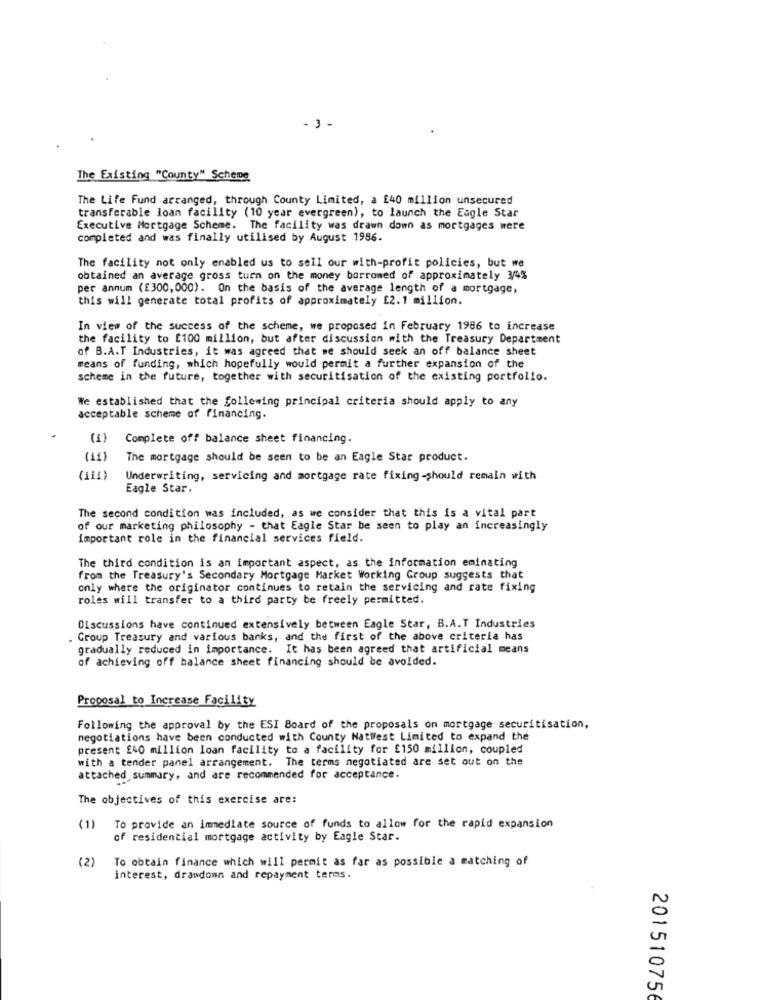
- 3 -
The Existing "County" Scheme
The Life Fund arranged, through County Limited, a £40 million unsecured
transferable loan facility (10 year evergreen), to launch the Eagle Star
Executive Mortgage Scheme. The facility was drawn down as mortgages were
completed and was finally utilised by August 1986.
The facility not only enabled us to sell our with-profit policies, but we
obtained an average gross turn on the money borrowed of approximately 3/4%
per annum (£300, 000). On the basis of the average length of a mortgage,
this will generate total profits of approximately £2.1 million.
In view of the success of the scheme, we proposed in February 1986 to increase
the facility to £100 million, but after discussion with the Treasury Department
of B.A.T Industries, it was agreed that we should seek an off balance sheet
means of funding, which hopefully would permit a further expansion of the
scheme in the future, together with securitisation of the existing portfolio.
We established that the following principal criteria should apply to any
acceptable scheme of financing.
({}
Complete off balance sheet financing.
(11)
The mortgage should be seen to be an Eagle Star product.
(111)
Underwriting, servicing and mortgage rate fixing-should remain with
Eagle Star.
The second condition was included, as we consider that this is a vital part
of our marketing philosophy - that Eagle Star be seen to play an increasingly
important role in the financial services field.
The third condition is an important aspect, as the information eminating
from the Treasury's Secondary Mortgage Market Working Group suggests that
only where the originator continues to retain the servicing and rate fixing
roles will transfer to a third party be freely permitted.
Discussions have continued extensively between Eagle Star, B.A.T Industries
. Group Treasury and various banks, and the first of the above criteria has
gradually reduced in importance. It has been agreed that artificial means
of achieving off balance sheet financing should be avoided.
Proposal to Increase Facility
Following the approval by the ESI Board of the proposals on mortgage securitisation,
negotiations have been conducted with County Natwest Limited to expand the
present £40 million loan facility to a facility for £150 million, coupled
with a tender panel arrangement. The terms negotiated are set out on the
attached summary, and are recommended for acceptance.
The objectives of this exercise are:
(1)
To provide an immediate source of funds to allow for the rapid expansion
of residential mortgage activity by Eagle Star.
(2)
To obtain finance which will permit as far as possible a matching of
interest, drawdown and repayment terms.
201510756